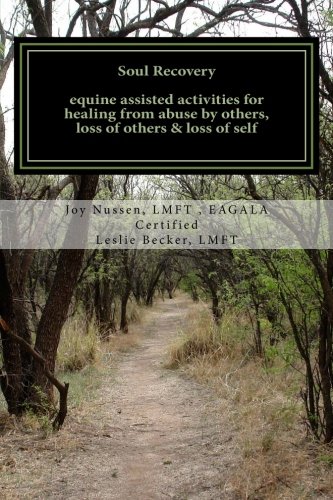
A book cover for Soul Recovery UPDATED: equine assisted activities for healing from abuse by others, loss of others & loss of self; Joy Nussen LMFT; Medical Books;